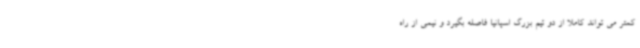
کمتر می تواند کاملا از دو تیم بزرگ اسپانیا فاصله بگیرد و نیمی از راه